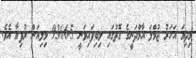
މިދިޔަ އަހަރު ޖުމްލަ އާމްދަނީގެ ގޮތުގައި ލިބިފައިވަނީ 9366.5 މިލިއަން ރުފިޔާ އެވެ.